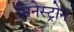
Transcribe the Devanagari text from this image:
मिनेस्ट्रोन